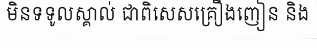
មិនទទូលស្គាល់ ជាពិសេសគ្រឿងញៀន និង